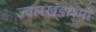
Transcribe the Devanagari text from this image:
ज्वलखंडाश्मी